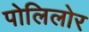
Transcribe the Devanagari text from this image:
पोलिलोर